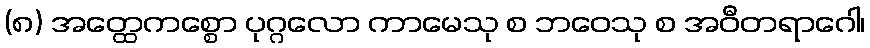
(၈) အတ္ထေကစ္စော ပုဂ္ဂလော ကာမေသု စ ဘဝေသု စ အဝီတရာဂေါ၊